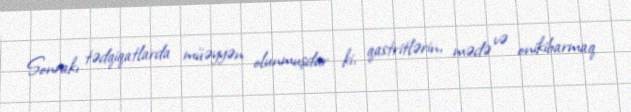
Sonrakı tədqiqatlarda müəyyən olunmuşdur ki, qastritlərin, mədə və onikibarmaq